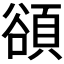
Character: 𬤴